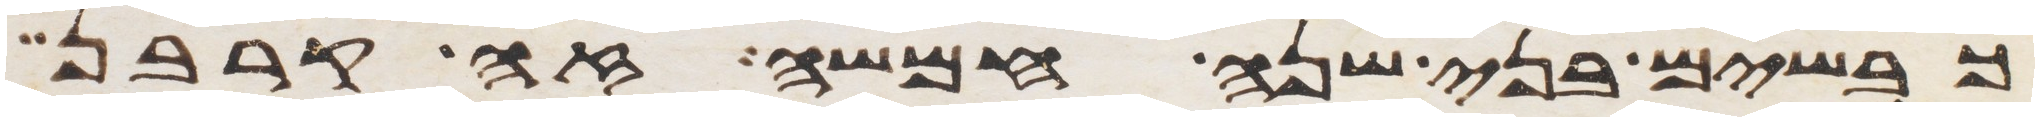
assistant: כבשים בני שנה חמשה זה קרבן